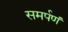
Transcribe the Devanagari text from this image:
समर्पणं